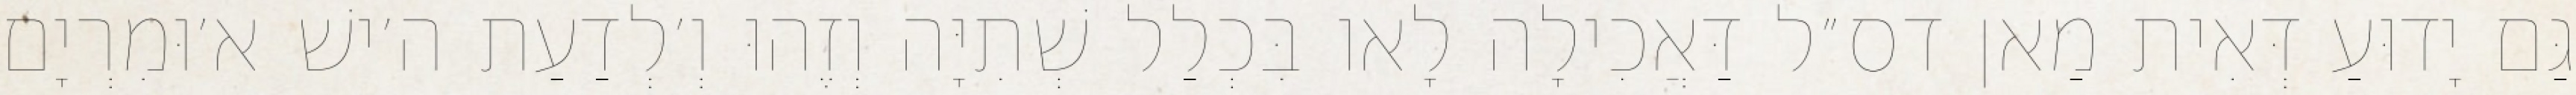
גַּם יָדוּעַ דְּאִית מַאן דס״ל דַּאֲכִילָה לָאו בִּכְלַל שְׁתִיָּה וְזֶהוּ וְ׳לְדַעַת ה׳ישׁ א׳וּמִרְיָם